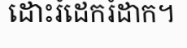
ដោះរំដេករំដាក។